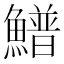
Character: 䲕